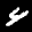
Label: 4